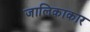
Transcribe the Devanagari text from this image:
जालिकाकार